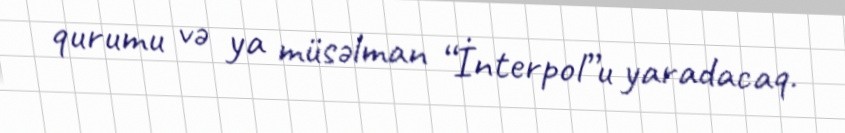
qurumu və ya müsəlman “İnterpol”u yaradacaq.